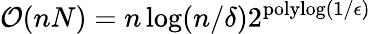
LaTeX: \mathcal{O}(nN)=n\log(n/\delta)2^{\mathrm{polylog}(1/\epsilon)}